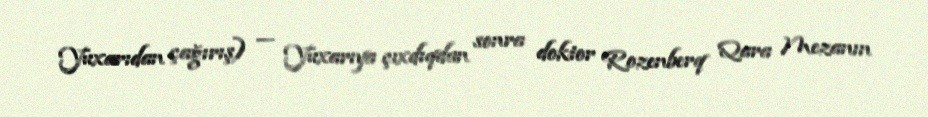
Yuxarıdan çağırış) — Yuxarıya çıxdıqdan sonra doktor Rozenberq Qara Mezanın